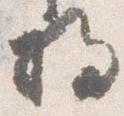
将